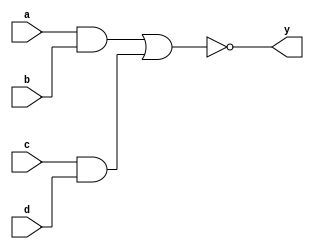
/*
  MIT License

  Copyright (c) 2019 Richard Eng

  Permission is hereby granted, free of charge, to any person obtaining a copy
  of this software and associated documentation files (the "Software"), to deal
  in the Software without restriction, including without limitation the rights
  to use, copy, modify, merge, publish, distribute, sublicense, and/or sell
  copies of the Software, and to permit persons to whom the Software is
  furnished to do so, subject to the following conditions:

  The above copyright notice and this permission notice shall be included in all
  copies or substantial portions of the Software.

  THE SOFTWARE IS PROVIDED "AS IS", WITHOUT WARRANTY OF ANY KIND, EXPRESS OR
  IMPLIED, INCLUDING BUT NOT LIMITED TO THE WARRANTIES OF MERCHANTABILITY,
  FITNESS FOR A PARTICULAR PURPOSE AND NONINFRINGEMENT. IN NO EVENT SHALL THE
  AUTHORS OR COPYRIGHT HOLDERS BE LIABLE FOR ANY CLAIM, DAMAGES OR OTHER
  LIABILITY, WHETHER IN AN ACTION OF CONTRACT, TORT OR OTHERWISE, ARISING FROM,
  OUT OF OR IN CONNECTION WITH THE SOFTWARE OR THE USE OR OTHER DEALINGS IN THE
  SOFTWARE.
*/

/*
  74LS50
  ------
  Dual 2-Wide 2-Input And-Or-Invert Gates (One Gate Expandable)
  
  Pinout
  ------
          _______
         |       |
     a1 -| 1  14 |- VCC
     a2 -| 2  13 |- b1
     b2 -| 3  12 |- _x1
     c2 -| 4  11 |- x1
     d2 -| 5  10 |- d1
     y2 -| 6   9 |- c1
    GND -| 7   8 |- y1
         |_______|
*/
`default_nettype none

module ls50
(
    input wire  a, b, c, d,
    output wire y
);

wire a2, b2;
and(a2, a, b);
and(b2, c, d);
nor(y, a2, b2);

// TODO: What's the purpose with x1 and _x1?

endmodule